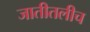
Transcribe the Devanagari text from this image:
जातीतलीच